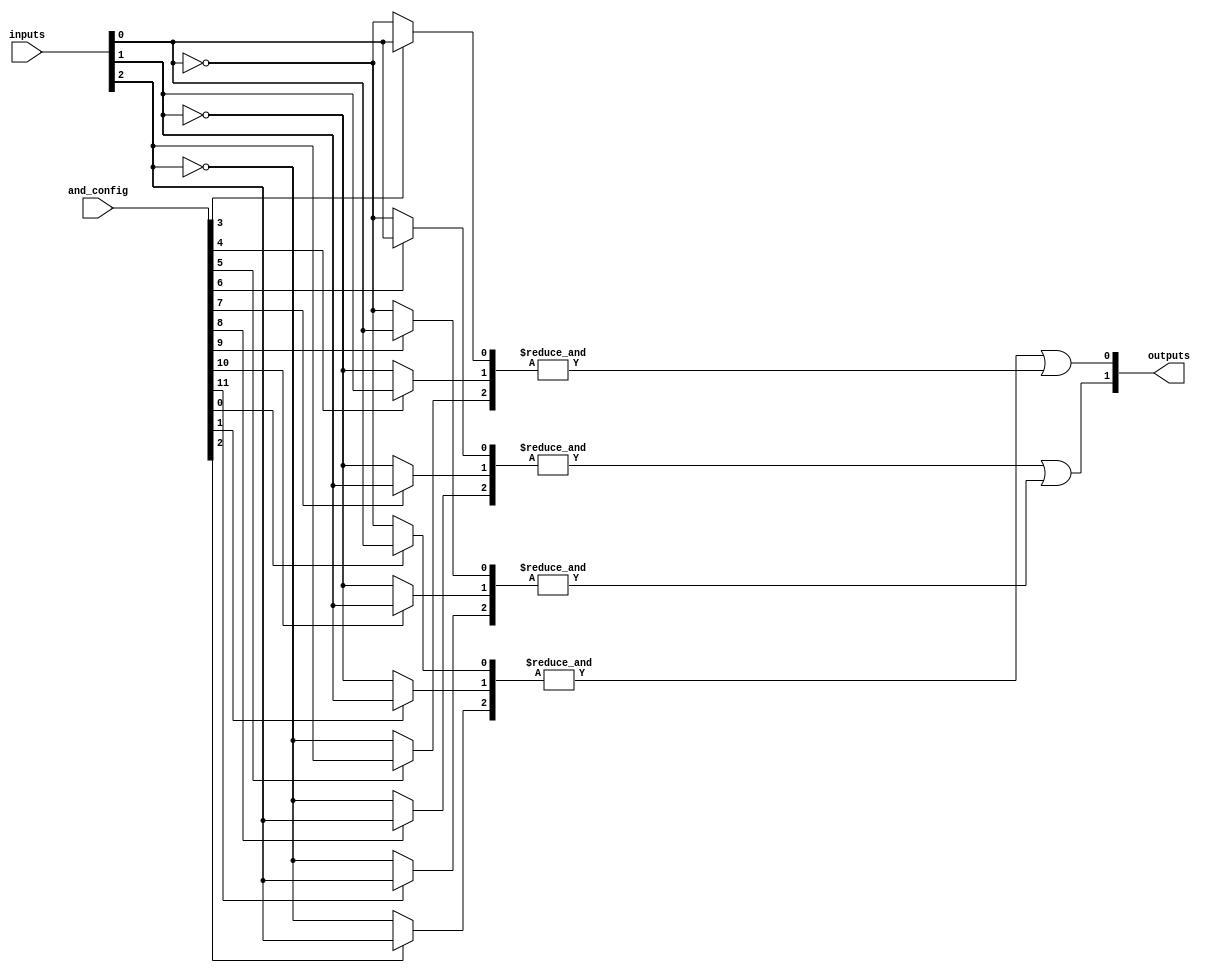
module SPAL #(parameter NUM_INPUTS = 3,      // Number of input signals (A, B, C, ...)
              parameter NUM_AND_GATES = 4,   // Number of AND gates
              parameter NUM_OUTPUTS = 2)     // Number of output signals (Y1, Y2, ...)
(
    input wire [NUM_INPUTS-1:0] inputs,      // Input signals
    input wire [NUM_AND_GATES*NUM_INPUTS-1:0] and_config, // Configuration for AND gates
    output wire [NUM_OUTPUTS-1:0] outputs     // Output signals
);

// AND array
wire [NUM_AND_GATES-1:0] and_outputs;

// Generate AND gates based on configuration
genvar i, j;
generate
    for (i = 0; i < NUM_AND_GATES; i = i + 1) begin: and_gate
        wire [NUM_INPUTS-1:0] and_input;
        for (j = 0; j < NUM_INPUTS; j = j + 1) begin: input_select
            assign and_input[j] = and_config[i*NUM_INPUTS + j] ? inputs[j] : ~inputs[j]; // Select input or its complement
        end
        assign and_outputs[i] = &and_input; // AND gate output (AND all inputs)
    end
endgenerate

// OR array to generate outputs from AND outputs
assign outputs[0] = and_outputs[0] | and_outputs[1]; // Example OR logic for Y1
assign outputs[1] = and_outputs[2] | and_outputs[3]; // Example OR logic for Y2

endmodule